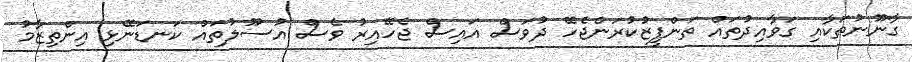
ގާނޫނުތަކާއި ގަވާއިދުތައް ތަންފީޒުކުރަންޖެހޭ ދުވަސް އައިސް ޖެހޭއިރު ވެސް އުސޫލުތައް ކަނޑަނޭޅި އިންތިޒާމު